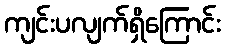
ကျင်းပလျက်ရှိကြောင်း